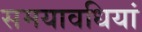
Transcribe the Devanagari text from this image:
समयावधियां